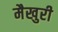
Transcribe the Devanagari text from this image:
मैखुरी